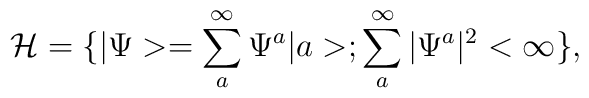
{\cal{H}}=\{|\Psi>=\sum _a^{\infty} \Psi^a |a>;\sum_a^{\infty} |\Psi^a|^2 < \infty \},